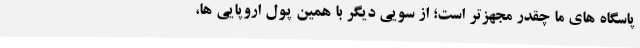
پاسگاه های ما چقدر مجهزتر است؛ از سویی دیگر با همین پول اروپایی ها،